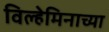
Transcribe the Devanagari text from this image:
विल्हेमिनाच्या